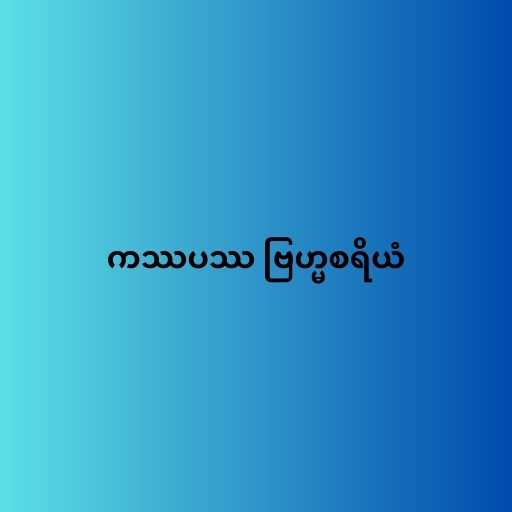
ကဿပဿ ဗြဟ္မစရိယံ